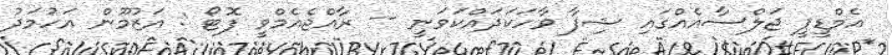
އެމްޑީޕީ ޖަލްސާއެއްގައި ޝިފާ ވާހަކަދައްކަވަނީ -- ރާއްޖެއެމްވީ ފޮޓޯ : އަޒުމޫން އަހުމަދު